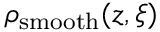
\rho _ { \mathrm { s m o o t h } } ( z , \boldsymbol { \xi } )